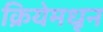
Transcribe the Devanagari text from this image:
क्रियेमधून